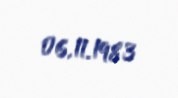
06.11.1983